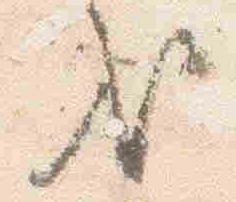
哉